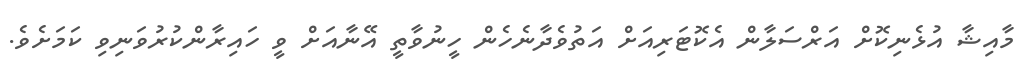
މާއިޝާ އުޅެނިކޮށް އަރްސަލާން އެކޮޓަރިއަށް އަތުވެދާނެހެން ހީނުވާތީ އޭނާއަށް ވީ ހައިރާންކުރުވަނިވި ކަމަށެވެ.